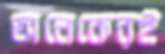
অনেকেরই